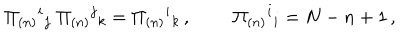
LaTeX: \Pi _ { ( n ) } { } ^ { i } { } _ { j } \; \Pi _ { ( n ) } { } ^ { j } { } _ { k } = \Pi _ { ( n ) } { } ^ { i } { } _ { k } \, , \; \; \Pi _ { ( n ) } { } ^ { i } { } _ { i } = N - n + 1 \, ,